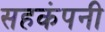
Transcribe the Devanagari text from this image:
सहकंपनी